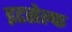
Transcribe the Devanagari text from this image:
इटसेल्फ